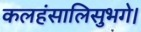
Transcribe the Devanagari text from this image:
कलहंसालिसुभगे।